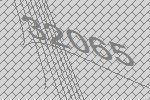
32065